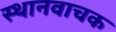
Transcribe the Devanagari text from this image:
स्थानवाचक